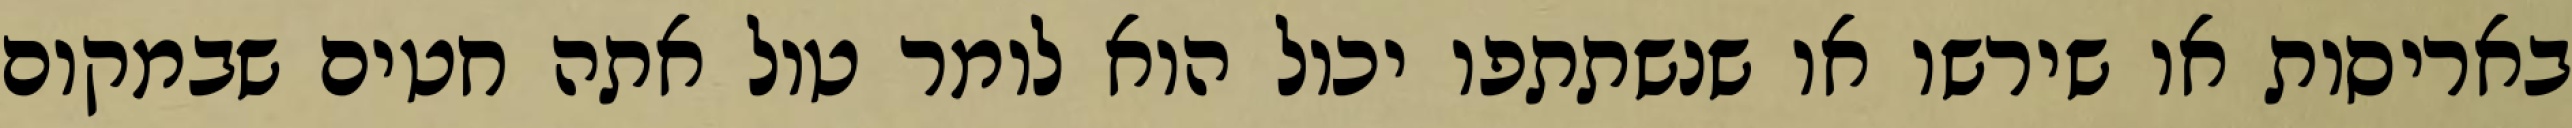
באריסות או שירשו או שנשתתפו יכול הוא לומר טול אתה חטים שבמקום